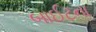
બાઈટના